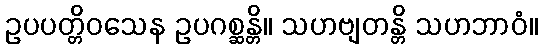
ဥပပတ္တိဝသေန ဥပဂစ္ဆန္တိ။ သဟဗျတန္တိ သဟဘာဝံ။